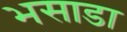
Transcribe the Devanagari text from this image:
भसाडा